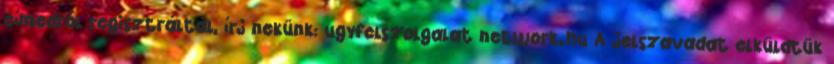
címedről regisztráltál, írj nekünk: ugyfelszolgalat network.hu A jelszavadat elküldtük